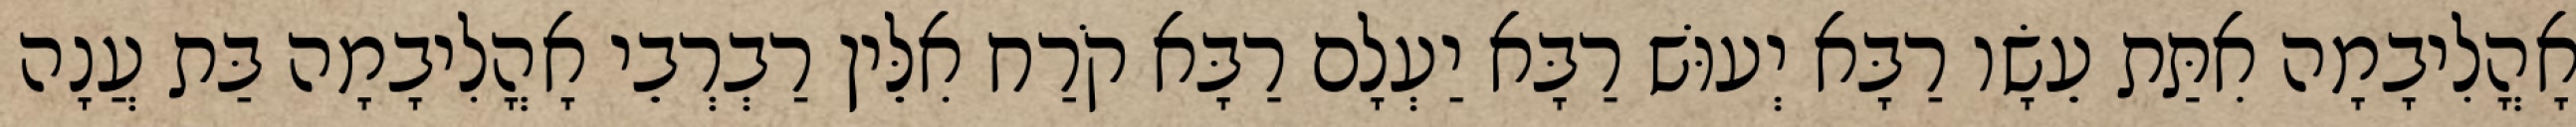
אָהֳלִיבָמָה אִתַּת עֵשָׂו רַבָּא יְעוּשׁ רַבָּא יַעְלָם רַבָּא קֹרַח אִלֵּין רַבְרְבֵי אָהֳלִיבָמָה בַּת עֲנָה